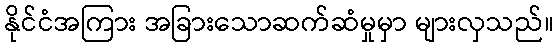
နိုင်ငံအကြား အခြားသောဆက်ဆံမှုမှာ များလှသည်။